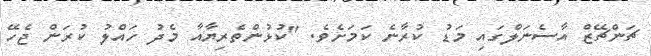
ޗަންޗޭޒް އާސެނަލްގައި މަޑު ކުރާނެ ކަމަށެވެ. "ކުޅުންތެރިޔާއާ މެދު ހައްލު ކުރަން ޖެހޭ